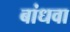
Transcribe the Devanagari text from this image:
बांधवा